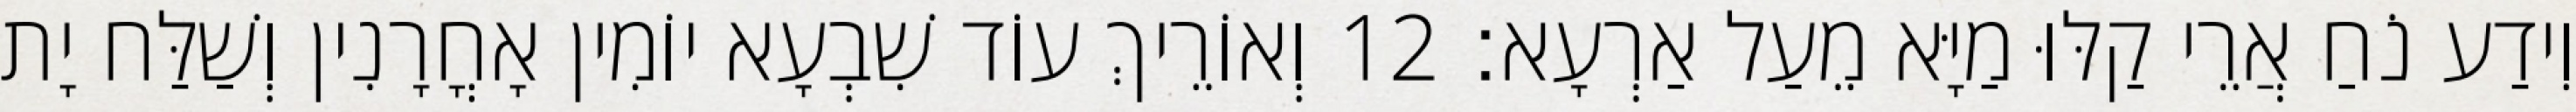
וִידַע נֹחַ אֲרֵי קַלּוּ מַיָּא מֵעַל אַרְעָא׃ 12 וְאוֹרֵיךְ עוֹד שִׁבְעָא יוֹמִין אָחֳרָנִין וְשַׁלַּח יָת